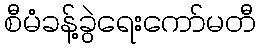
စီမံခန့်ခွဲရေးကော်မတီ